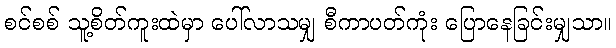
စင်စစ် သူ့စိတ်ကူးထဲမှာ ပေါ်လာသမျှ စီကာပတ်ကုံး ပြောနေခြင်းမျှသာ။